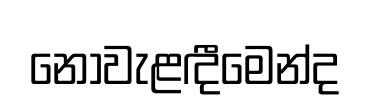
නොවැළඳීමෙන්ද